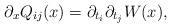
LaTeX: \begin{align*}\partial_{x}Q_{ij}(x)=\partial_{t_{i}}\partial_{t_{j}}W(x),\end{align*}